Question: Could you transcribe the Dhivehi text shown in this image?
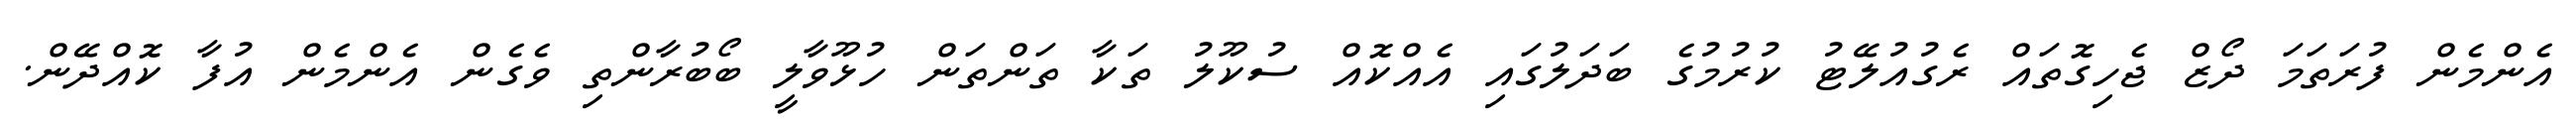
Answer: އެންމެން ފުރަތަމަ ދޯޒް ޖެހިގޮތައް ރެގުއުލޭޓު ކުރުމުގެ ބަދަލުގައި އެއްކޮއް ސުކޫލު ތަކާ ތަންތަން ހުޅޫވާލީ ބޯބުރާންތި ވެގެން އެންމެން އުފާ ކޮއްދޭން.